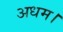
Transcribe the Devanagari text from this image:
अधम।